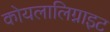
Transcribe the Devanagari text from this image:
कोयलालिग्नाइट